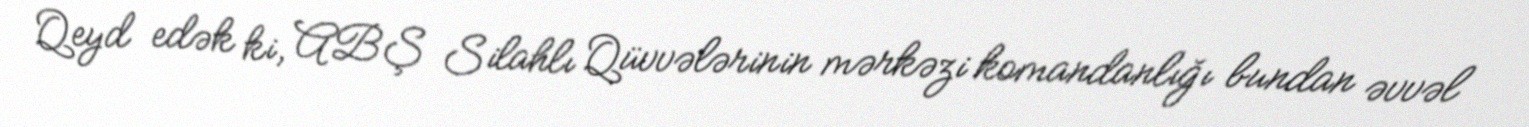
Qeyd edək ki, ABŞ Silahlı Qüvvələrinin mərkəzi komandanlığı bundan əvvəl